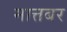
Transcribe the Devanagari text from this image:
मात्तबर